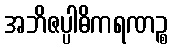
အဘိဇပ္ပါဓိကရဏဉ္စ